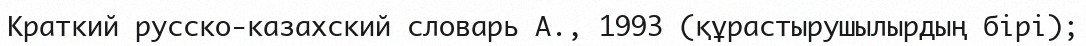
Краткий русско-казахский словарь А., 1993 (құрастырушылырдың бірі);